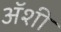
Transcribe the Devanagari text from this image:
अॅशी